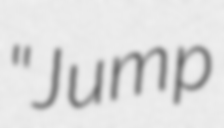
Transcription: "Jump